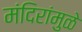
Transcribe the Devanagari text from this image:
मंदिरांमुळे